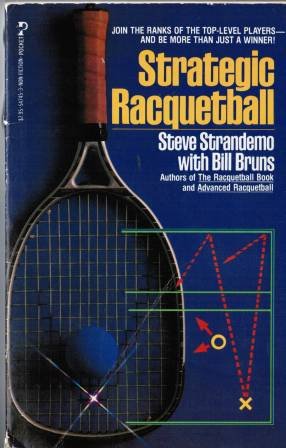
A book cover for Strategic Racquetball; Steve Strandemo; Sports & Outdoors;